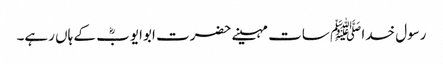
رسول خدا ﷺ سات مہینے حضرت ابوایوبؓ کے ہاں رہے۔